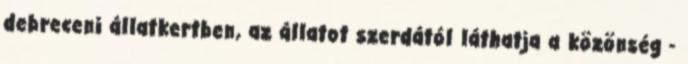
debreceni állatkertben, az állatot szerdától láthatja a közönség -